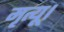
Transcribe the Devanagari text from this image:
मृत्यू।